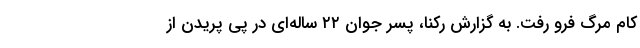
کام مرگ فرو رفت. به گزارش رکنا، پسر جوان ۲۲ ساله‌ای در پی پریدن از